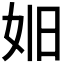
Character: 𪥮